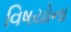
વિષયોના